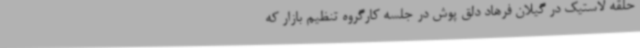
حلقه لاستیک در گیلان فرهاد دلق پوش در جلسه کارگروه تنظیم بازار که